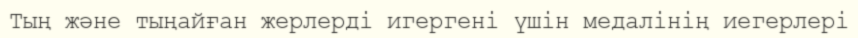
Тың және тыңайған жерлерді игергені үшін медалінің иегерлері